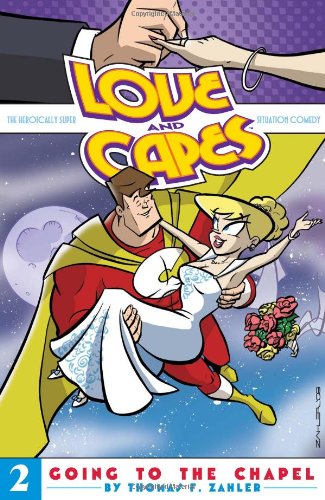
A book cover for Love and Capes Volume 2; Thomas F. Zahler; Comics & Graphic Novels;